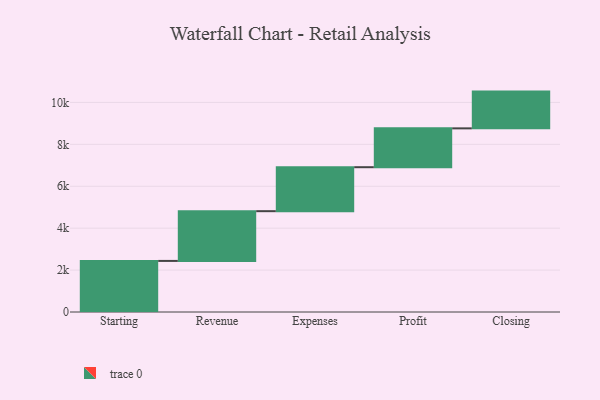
{"axis": {"x": "Step", "y": "Value"}, "legend": [""], "data": [{"x": "Starting", "y": 2437.0, "type": ""}, {"x": "Revenue", "y": 2374.0, "type": ""}, {"x": "Expenses", "y": 2098.0, "type": ""}, {"x": "Profit", "y": 1853.0, "type": ""}, {"x": "Closing", "y": 1754.0, "type": ""}]}